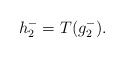
\begin{align*} h^-_{2}= T(g^-_{2}). \end{align*}